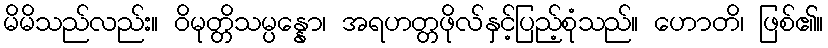
မိမိသည်လည်း။ ဝိမုတ္တိသမ္ပန္နော၊ အရဟတ္တဖိုလ်နှင့်ပြည့်စုံသည်။ ဟောတိ၊ ဖြစ်၏။